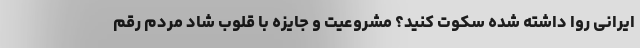
ایرانی روا داشته شده سکوت کنید؟ مشروعیت و جایزه با قلوب شاد مردم رقم